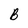
Character: B